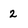
Character: 2